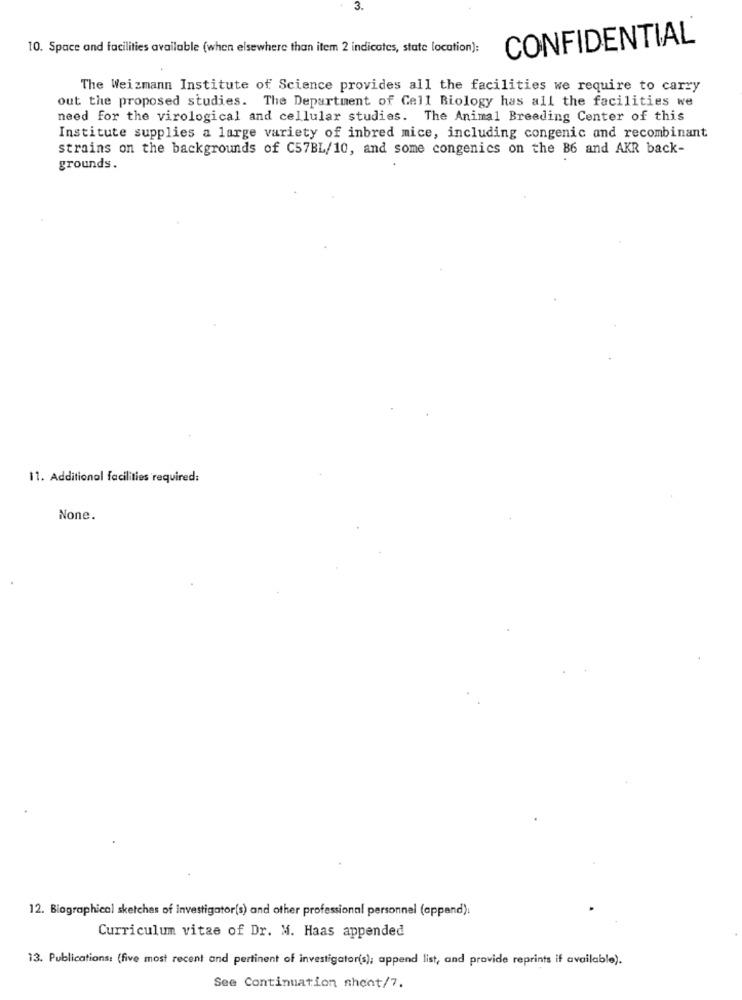
3.
CONFIDENTIAL
10. Space and facilities available (when elsewhere than item 2 indicates, state location):
The Weizmann Institute of Science provides all the facilities we require to carry
out the proposed studies. The Department of Cell Biology has all the facilities we
need for the virological and cellular studies. The Animal Breeding Center of this
Institute supplies a large variety of inbred mice, including congenic and recombinant
strains on the backgrounds of C57BL/10, and some congenics on the B6 and AKR back-
grounds.
11. Additional facilities required:
None.
12. Biographical sketches of Investigator(s) and other professional personnel (appand):
Curriculum vitae of Dr. M. Haas appended
13. Publications: (five most recent and pertinent of investigator(s); append list, and provide reprints if available).
See Continuation sheet/7.